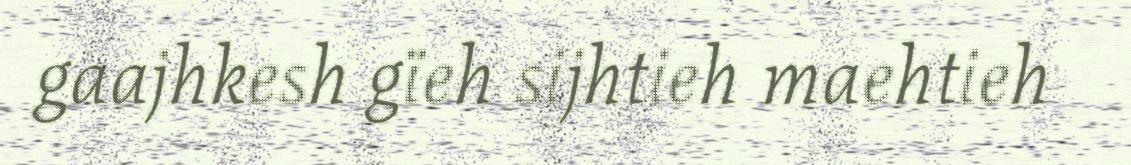
gaajhkesh gïeh sijhtieh maehtieh